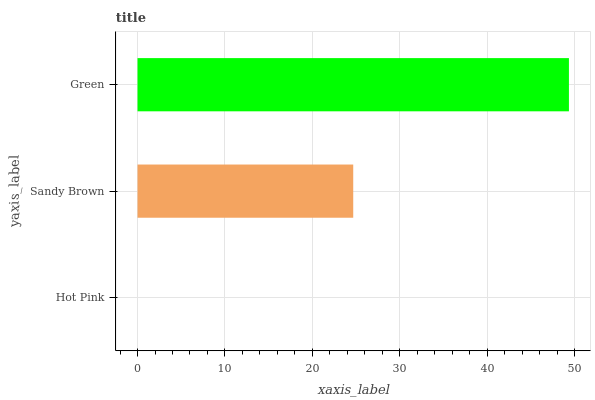
| yaxis_label | bars |
 | --- | --- |
 | Hot Pink | 0 |
 | Sandy Brown | 24.7 |
 | Green | 49.3 |